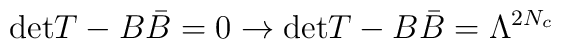
{\rm det} T - B \bar B =0 \rightarrow {\rm det} T - B \bar B = \Lambda^{2N_c}